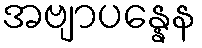
အဗျာပန္နေန